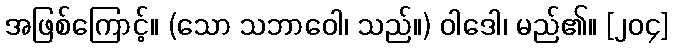
အဖြစ်ကြောင့်။ (သော သဘာဝေါ၊ သည်။) ဝါဒေါ၊ မည်၏။ [၂၀၄]